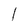
Character: 1